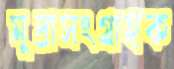
মুদ্রাসংগ্রাহক